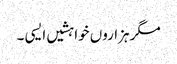
مگر ہزاروں خواہشیں ایسی ۔